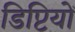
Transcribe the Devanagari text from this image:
डिप्टियों